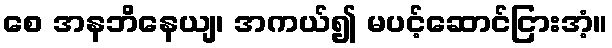
စေ အနဘိနေယျ၊ အကယ်၍ မပင့်ဆောင်ငြားအံ့။